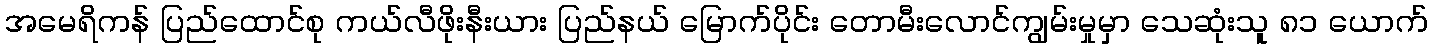
အမေရိကန် ပြည်ထောင်စု ကယ်လီဖိုးနီးယား ပြည်နယ် မြောက်ပိုင်း တောမီးလောင်ကျွမ်းမှုမှာ သေဆုံးသူ ၈၁ ယောက်